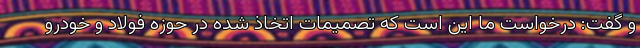
و گفت: درخواست ما این است که تصمیمات اتخاذ شده در حوزه فولاد و خودرو